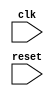
module behavioral_modeling_block (
    input wire clk,
    input wire reset,
    // Add other input/output ports here
    
);

// Declare internal signals and registers here

always @ (posedge clk or negedge reset)
begin
    // Behavioral modeling code here
    // Include conditional statements, assignments, and other logic
end

endmodule